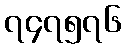
၇၄၇၅၇၆